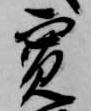
寛